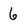
Character: 6